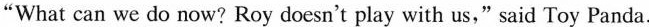
"What can we do now? Roy doesn't play with us," said Toy Panda.